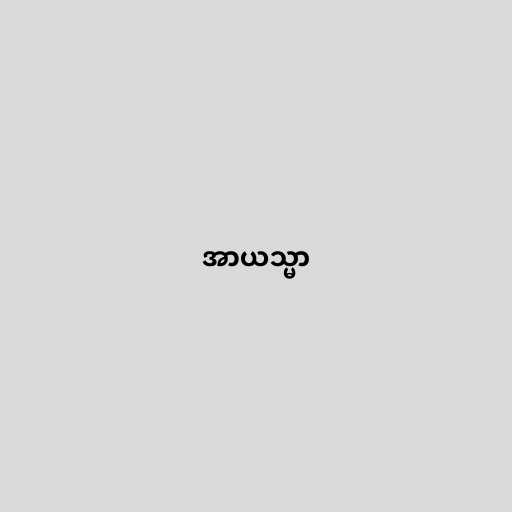
အာယသ္မာ